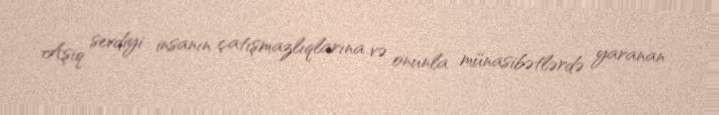
Aşiq sevdiyi insanın çatışmazlıqlarına və onunla münasibətlərdə yaranan